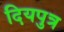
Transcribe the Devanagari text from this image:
दियपुत्र